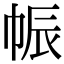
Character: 帪